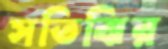
সতিঝির